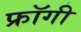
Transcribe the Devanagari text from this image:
फ्रॉगी